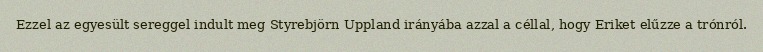
Ezzel az egyesült sereggel indult meg Styrebjörn Uppland irányába azzal a céllal, hogy Eriket elűzze a trónról.